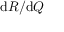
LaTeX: { \mathrm { d } } R / { \mathrm { d } } Q